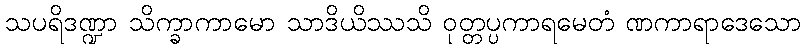
သပရိဒဏ္ဍာ သိက္ခာကာမော သာဒိယိဿသိ ဝုတ္တပ္ပကာရမေတံ ဏကာရာဒေသော